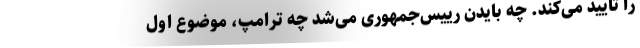
را تایید می‌کند. چه بایدن رییس‌جمهوری می‌شد چه ترامپ، موضوعِ اوّل